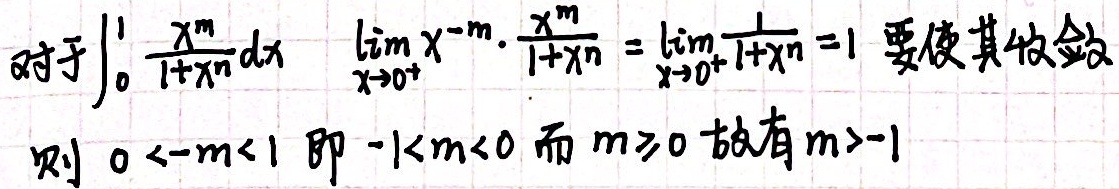
对于\(\int_{0}^{1}\frac{x^{m}}{1 + x^{n}}dx\)，\(\lim\limits_{x\to0^{+}}x^{-m}\cdot\frac{x^{m}}{1 + x^{n}}=\lim\limits_{x\to0^{+}}\frac{1}{1 + x^{n}} = 1\)。要使其收敛，则\(0 < -m < 1\)，即\(-1 < m < 0\)，而\(m\geq0\)，故有\(m > - 1\) 。